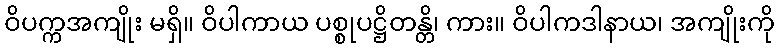
ဝိပက္ကအကျိုး မရှိ။ ဝိပါကာယ ပစ္စုပဋ္ဌိတန္တိ၊ ကား။ ဝိပါကဒါနာယ၊ အကျိုးကို